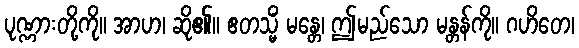
ပုဏ္ဏားတို့ကို။ အာဟ၊ ဆို၏။ ဧတသ္မိံ မန္တေ၊ ဤမည်သော မန္တန်ကို။ ဂဟိတေ၊